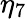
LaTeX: \eta_{7}